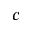
c